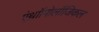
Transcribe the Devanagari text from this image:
एंथ्राॉपोलॉजिकल